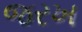
જરખ